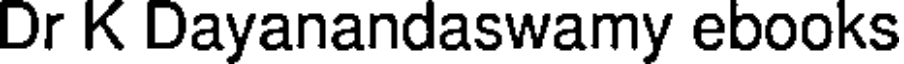
Dr K Dayanandaswamy ebooks